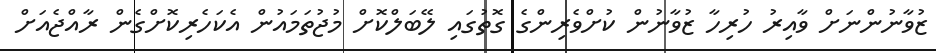
ޒުވާނުންނަށް ވާއިރު ހުރިހާ ޒުވާނުން ކުށްވެރިންގެ ގޮތުގައި ލޭބަލްކޮށް މުޖުތަމައުން އެކަހެރިކޮށްގެން ރާއްޖެއަށް